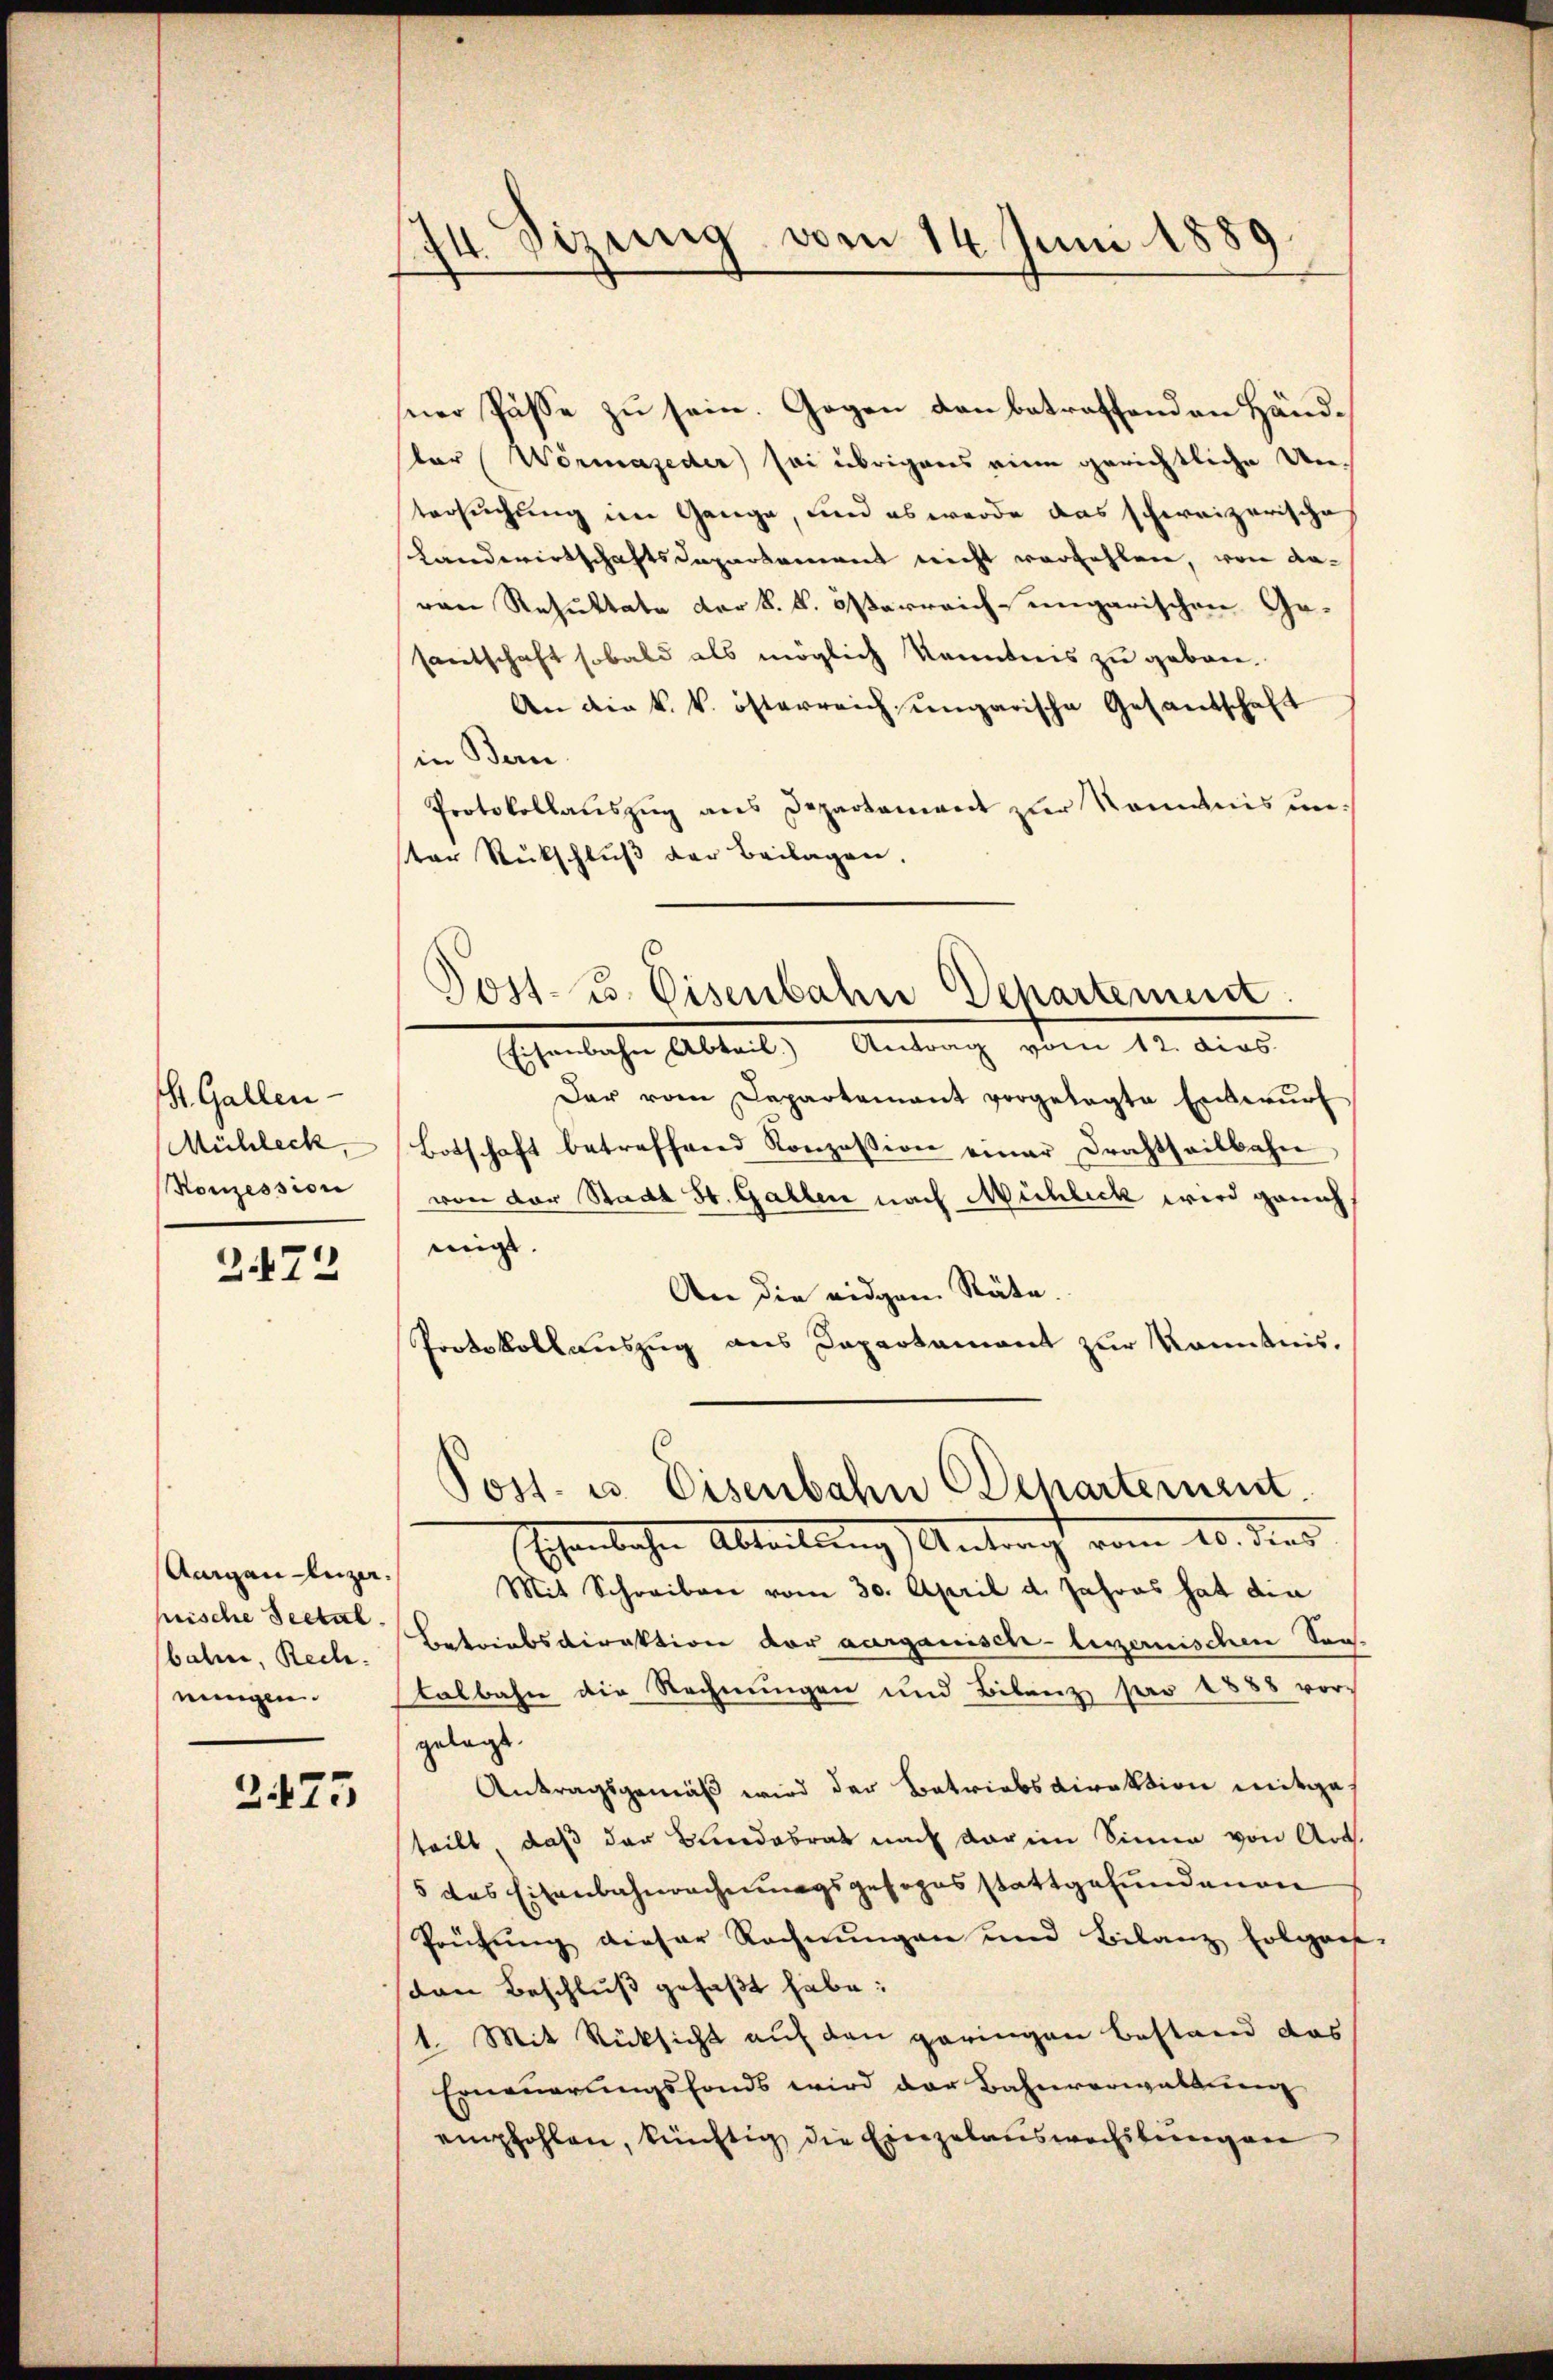
St. Gallen.
Mühleck,
Konzession

Z.72

Anigen Luze
rrische Seetal.
bahne Rech
nungen.

2.75

14 Sizung vom 14. Juni 1889

sner Pässe zu sein. Gegen den betreffenden Händtar (Wörmajeder sei übrigens eine gerichtliche Untersuchung im Gange, und es werde das schweizerische
Landwirtschaftsdepartement nicht verfehlen, von daven Resultate der k. k. österreich-ungarischen Gesantschaft sobald als möglich kanntens zu geborn.
An die k. k. österreich ungarische Gesandschaft
in Bern
Protokollauszug aus Departement zur Nominis unster Rückschlŭβ der Beilagen,
Eisenbahn Abteil. Antrag vom 12. dios.
Der vom Departamant vorgelegte Entwŭrf
Botschaft betreffend Konzession einer Drahtheilbahn
von der Stadt St. Gallen nach Michlich wird geneh
migs.
An die eidgen. Räte.
Protokollauszug aus Departament zur Kenntnis.
Post. u. Eisenbahn Departement.
Esönlichen Abteillung) Antragt vom 10. dies
Mit Schreiben vom 30. April d. Jahres hat die
Betriebsdirektion der aargauisch-ligernischen Son-
talbahn die Rechnungen und Bilanz par 1888 vorgelegt.
Antragsgemäß wird der Betriebsdirektion mitgef
teilt, daß der Bundesrat nach darin Sinne von Art.
5 das Eisenbahnrechnungsgesopas stattgefundenen
Prüfung dieser Rechnungen und Bilanz Eolgas
san Beschluß gefaßt habe:
1. Mit Rücksicht auf den geringen bestand das
Erneuerungsfonds wird der Bahnverwaltung
empfohlen, künftig die Einzelauswechstungen

Jost- u. Eisenbahn Departement.

"